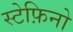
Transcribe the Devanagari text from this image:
स्टेफ़िनो